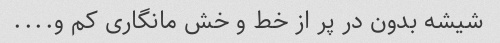
شیشه بدون در پر از خط و خش مانگاری کم و....